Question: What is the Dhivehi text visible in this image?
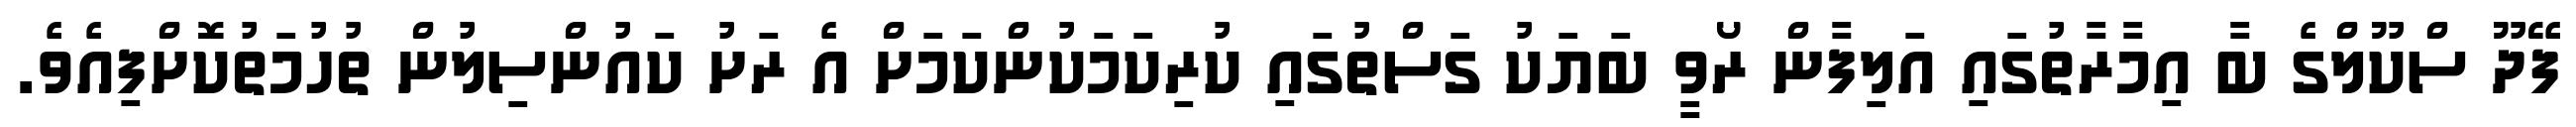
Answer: ފޭދޫ ސްކޫލްގެ ބާ އިމާރާތުގައި އަލިފާން ރޯވީ ބަޔަކު ގަސްތުގައި ކުރިކަމަކުންކަމަށް އެ ރަށު ކައުންސިލުން ތުހުމަތުކޮށްފިއެވެ.